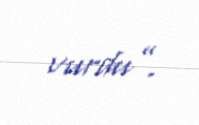
vurdu”.